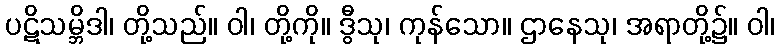
ပဋိသမ္ဘိဒါ၊ တို့သည်။ ဝါ၊ တို့ကို။ ဒွီသု၊ ကုန်သော။ ဌာနေသု၊ အရာတို့၌။ ဝါ၊